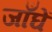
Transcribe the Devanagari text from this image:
जाँघें